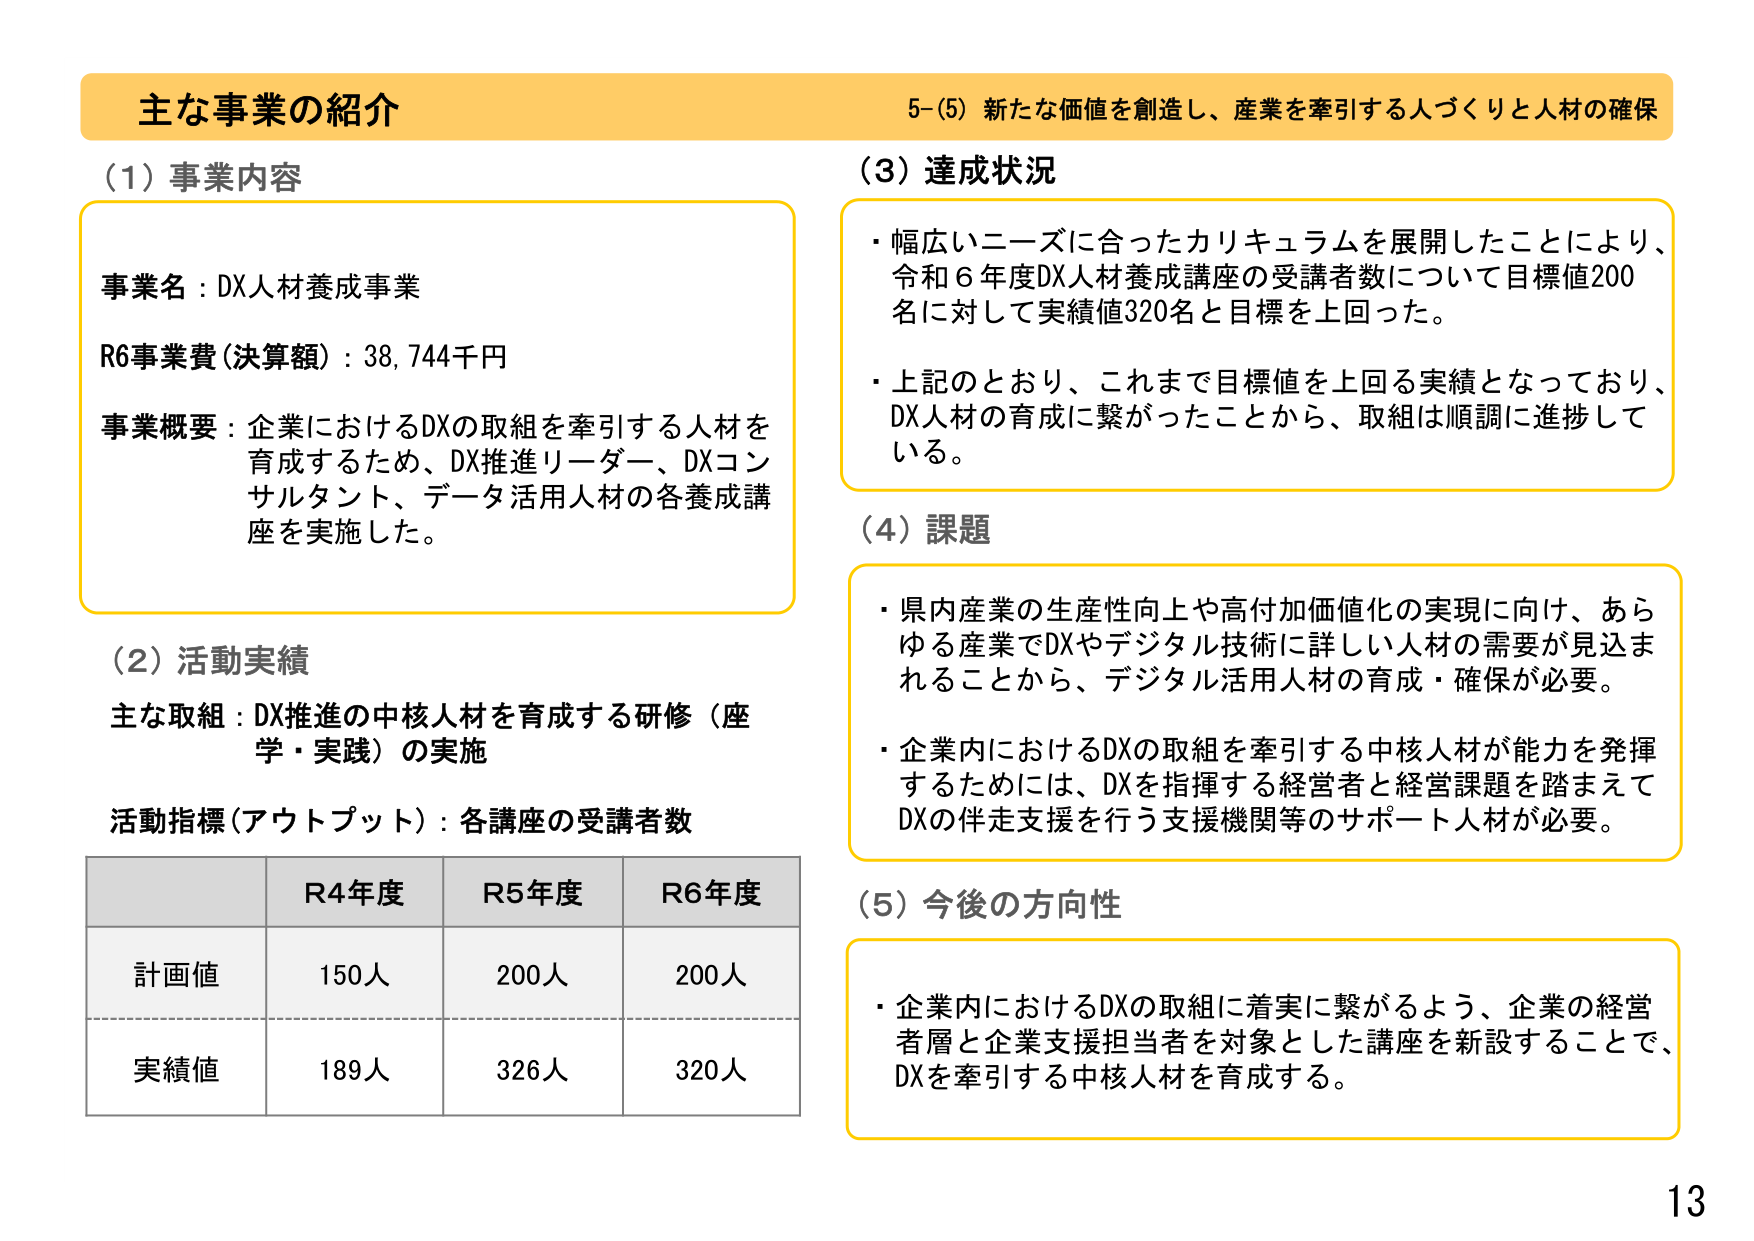
主な事業の紹介
5-(5) 新たな価値を創造し、産業を牽引する人づくりと人材の確保

(1) 事業内容
事業名：DX人材養成事業
R6事業費（決算額）：38,744千円
事業概要：企業におけるDXの取組を牽引する人材を育成するため、DX推進リーダー、DXコンサルタント、データ活用人材の各養成講座を実施した。

(2) 活動実績
主な取組：DX推進の中核人材を育成する研修（座学・実践）の実施
活動指標（アウトプット）：各講座の受講者数

R4年度 R5年度 R6年度
計画値 150人 200人 200人
実績値 189人 326人 320人

(3) 達成状況
・幅広いニーズに合ったカリキュラムを展開したことにより、令和6年度DX人材養成講座の受講者数について目標値200名に対して実績値320名と目標を上回った。
・上記のとおり、これまで目標値を上回る実績となっており、DX人材の育成に繋がったことから、取組は順調に進捗している。

(4) 課題
・県内産業の生産性向上や高付加価値化の実現に向け、あらゆる産業でDXやデジタル技術に詳しい人材の需要が見込まれることから、デジタル活用人材の育成・確保が必要。
・企業内におけるDXの取組を牽引する中核人材が能力を発揮するためには、DXを指揮する経営者と経営課題を踏まえてDXの伴走支援を行う支援機関等のサポート人材が必要。

(5) 今後の方向性
・企業内におけるDXの取組に着実に繋がるよう、企業の経営者層と企業支援担当者を対象とした講座を新設することで、DXを牽引する中核人材を育成する。

13